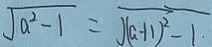
\sqrt { a ^ { 2 } - 1 } = \sqrt { ( a + 1 ) ^ { 2 } - 1 }